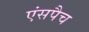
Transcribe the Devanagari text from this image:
एंसपैच